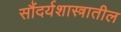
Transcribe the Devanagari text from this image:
सौंदर्यशास्त्रातील